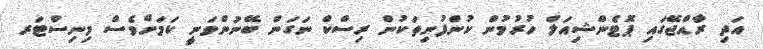
އަދި ރާއްޖޭގައި ޕޮޓެންޝިއަލް ހުރުމުން ކުންފުނިތަކުން ރިސްކް ނަގަން ބޭނުންވަނީ ކަމަށްވެސް މިނިސްޓަރ